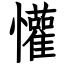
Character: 懽